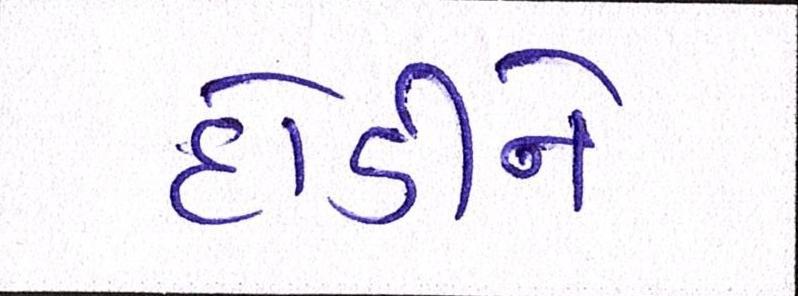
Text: દોડીને